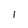
Character: I